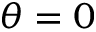
\theta = 0